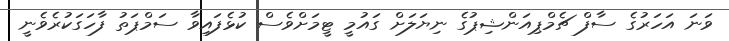
ވަނަ އަހަރުގެ ސާފް ޗެމްޕިއަންޝިޕުގެ ނިޔަލަށް ގައުމީ ޓީމަށްވެސް ކުޅެފައިވާ ސަމްޕަތު ފާހަގަކުރެވެނީ